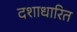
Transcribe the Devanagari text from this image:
दशाधारित